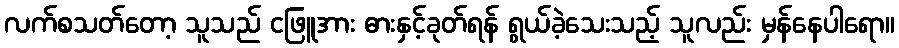
လက်စသတ်တော့ သူသည် ငဖြူအား ဓားနှင့်ခုတ်ရန် ရွယ်ခဲ့သေးသည့် သူလည်း မှန်နေပါရော။